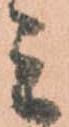
ミ